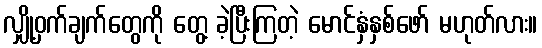
လျှို့ဝှက်ချက်တွေကို တွေ့ ခဲ့ပြီးကြတဲ့ မောင်နှံနှစ်ဖော် မဟုတ်လား။